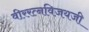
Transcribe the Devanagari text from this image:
वीररत्नविजयजी